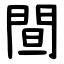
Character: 䦔